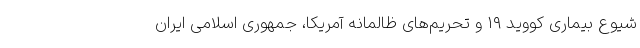
شیوع بیماری کووید ۱۹ و تحریم‌های ظالمانه آمریکا، جمهوری اسلامی ایران